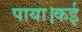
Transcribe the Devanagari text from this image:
पाया।कई